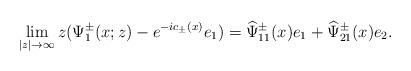
LaTeX: \begin{align*}\lim _{|z| \rightarrow \infty}z(\Psi^\pm_1(x;z)-e^{-ic_\pm(x)}e_1)=\widehat{\Psi}^\pm_{11}(x)e_1+\widehat{\Psi}^\pm_{21}(x)e_2.\end{align*}